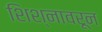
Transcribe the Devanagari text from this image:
शिश्नावरून